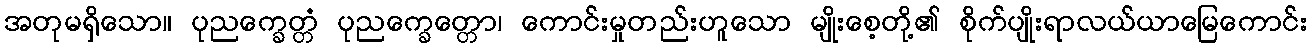
အတုမရှိသော။ ပုညက္ခေတ္တံ ပုညက္ခေတ္တော၊ ကောင်းမှုတည်းဟူသော မျိုးစေ့တို့၏ စိုက်ပျိုးရာလယ်ယာမြေကောင်း